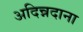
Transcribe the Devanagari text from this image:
अदिन्नदाना